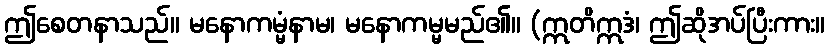
ဤစေတနာသည်။ မနောကမ္မံနာမ၊ မနောကမ္မမည်၏။ (ဣတိဣဒံ၊ ဤဆိုအပ်ပြီးကား။